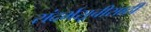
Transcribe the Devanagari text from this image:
संदर्भसूचीसाठी